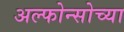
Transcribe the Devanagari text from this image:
अल्फोन्सोच्या